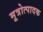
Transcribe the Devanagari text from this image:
मूत्रोत्पादक